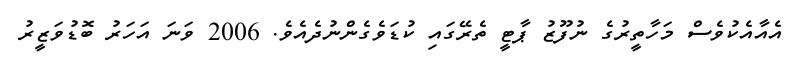
އެއާއެކުވެސް މަހާތީރުގެ ނުފޫޒު ޕާޓީ ތެރޭގައި ކުޑަވެގެންނުދެއެވެ. 2006 ވަނަ އަހަރު ބޮޑުވަޒީރު